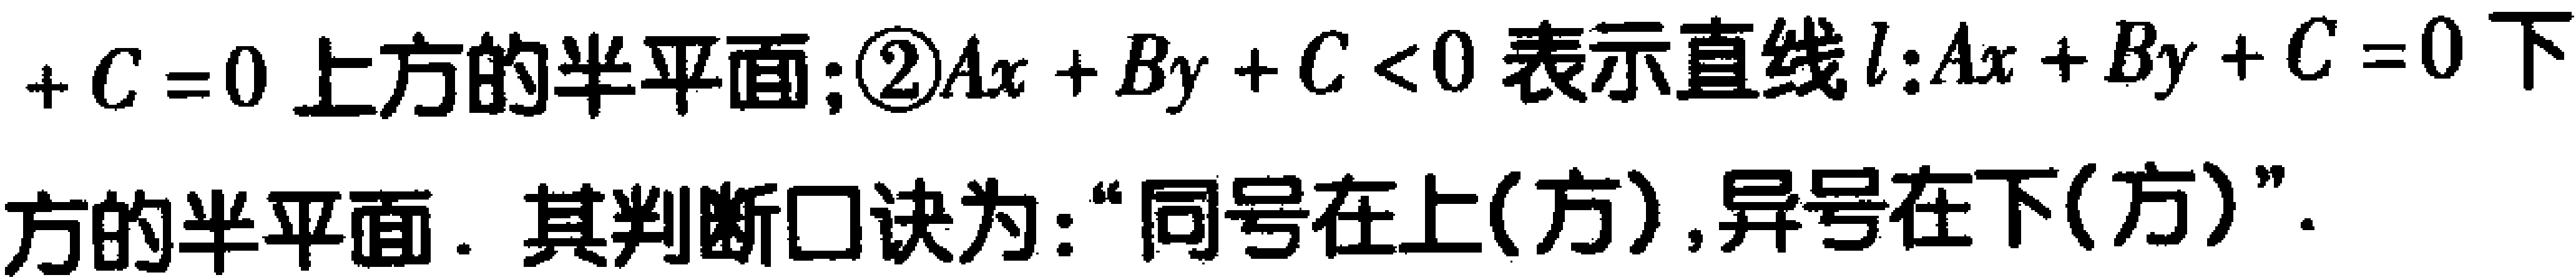
$+C = 0$ 上方的半平面; \textcircled{2}$Ax + By + C < 0$ 表示直线$l:Ax + By + C = 0$ 下方的半平面. 其判断口诀为: “同号在上(方),异号在下(方)”.